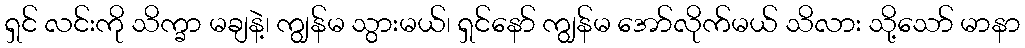
ရှင် လင်းကို သိက္ခာ မချနဲ့၊ ကျွန်မ သွားမယ်၊ ရှင်နော် ကျွန်မ အော်လိုက်မယ် သိလား သို့သော် မာနာ